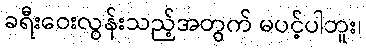
ခရီးဝေးလွန်းသည့်အတွက် မပင့်ပါဘူး၊